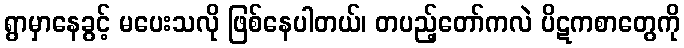
ရွာမှာနေခွင့် မပေးသလို ဖြစ်နေပါတယ်၊ တပည့်တော်ကလဲ ပိဋကစာတွေကို